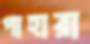
পাহারা